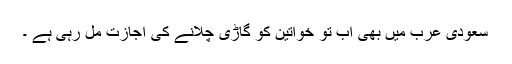
سعودی عرب میں بھی اب تو خواتین کو گاڑی چلانے کی اجازت مل رہی ہے ۔